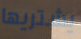
يشتريها